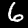
Label: 6